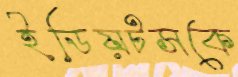
ইডিয়টসকে